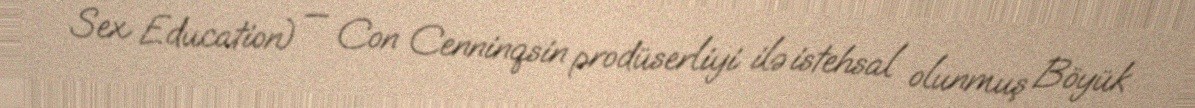
Sex Education) — Con Cenninqsin prodüserliyi ilə istehsal olunmuş Böyük